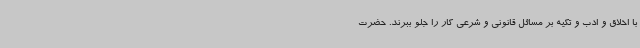
با اخلاق و ادب و تکیه بر مسائل قانونی و شرعی کار را جلو ببرند. حضرت